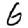
Digit: 6